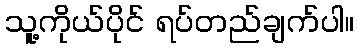
သူ့ကိုယ်ပိုင် ရပ်တည်ချက်ပါ။